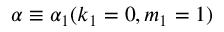
\alpha \equiv \alpha _ { 1 } ( k _ { 1 } = 0 , m _ { 1 } = 1 )